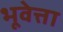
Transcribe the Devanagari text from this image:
भूवेत्ता